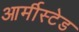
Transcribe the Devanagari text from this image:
आर्मीस्टेड